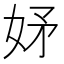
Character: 𭑴